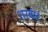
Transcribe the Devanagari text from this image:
शरबंध